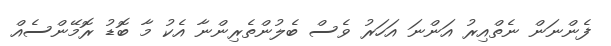
ފެންނަން ނެތްއިރު އަންނަ އަހަރު ވެސް ބެލުންތެރިންނާ އެކު މާ ބޮޑު ރޮމޭންސެއް